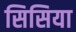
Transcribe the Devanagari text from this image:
सिसिया